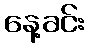
နေ့ခင်း